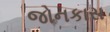
જોનકાસ